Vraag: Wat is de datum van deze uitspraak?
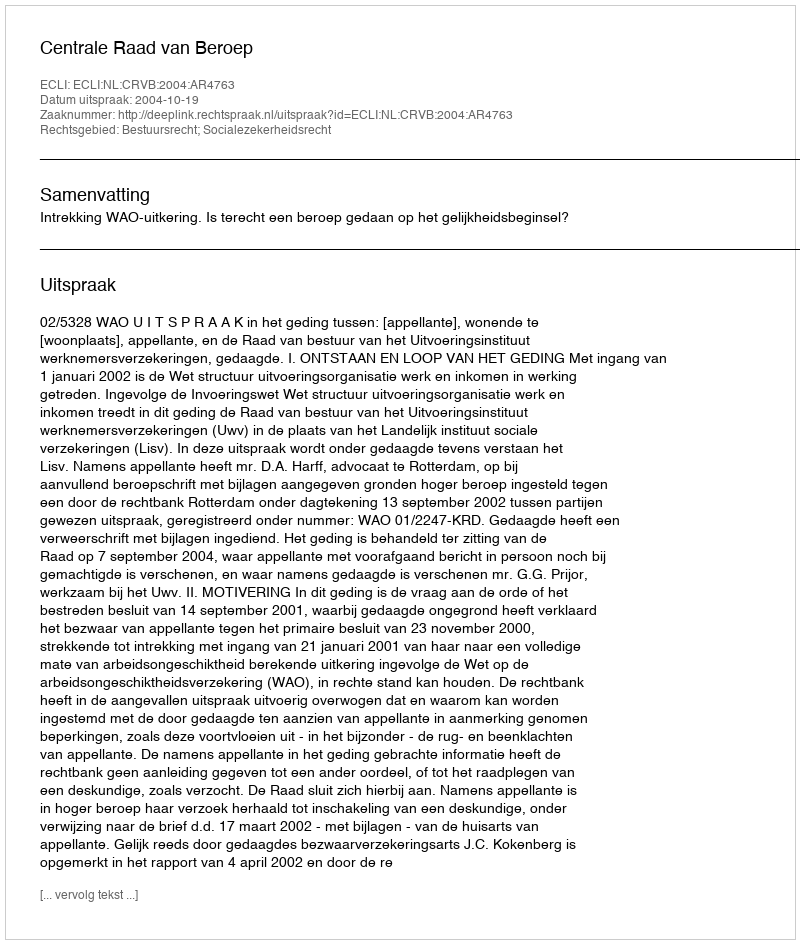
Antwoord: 2004-10-19